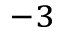
^ { - 3 }